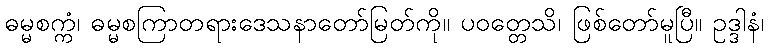
ဓမ္မစက္ကံ၊ ဓမ္မစကြာတရားဒေသနာတော်မြတ်ကို။ ပဝတ္တေသိ၊ ဖြစ်တော်မူပြီ။ ဥဒ္ဒါနံ၊